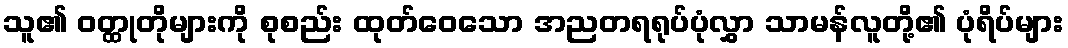
သူ၏ ဝတ္ထုတိုများကို စုစည်း ထုတ်ဝေသော အညတရရုပ်ပုံလွှာ သာမန်လူတို့၏ ပုံရိပ်များ